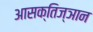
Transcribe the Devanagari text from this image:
आसक्तिज्ञान